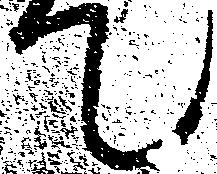
て